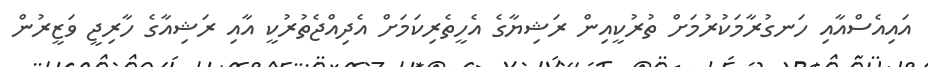
އައިއެސްއާއި ހަނގުރާމަކުރުމަށް ތުރުކީއިން ރަޝިޔާގެ އެހީތެރިކަމަށް އެދިއްޖެތުރުކީ އާއި ރަޝިއާގެ ހާރިޖީ ވަޒީރުން